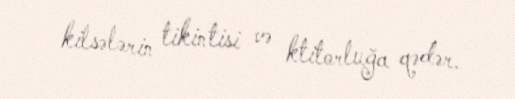
kilsələrin tikintisi və ktitorluğa qədər.